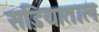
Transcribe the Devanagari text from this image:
सडि़याताल